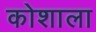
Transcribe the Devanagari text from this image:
कोशाला